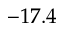
- 1 7 . 4